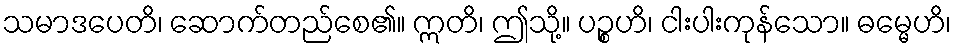
သမာဒပေတိ၊ ဆောက်တည်စေ၏။ ဣတိ၊ ဤသို့။ ပဉ္စဟိ၊ ငါးပါးကုန်သော။ ဓမ္မေဟိ၊